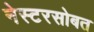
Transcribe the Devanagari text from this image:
नेस्टरसोबत